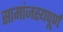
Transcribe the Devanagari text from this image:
सामांजस्यपूर्ण